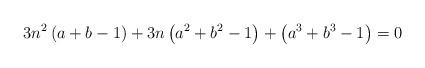
LaTeX: \begin{align*}3n^{2}\left(a+b-1\right)+3n\left(a^{2}+b^{2}-1\right)+\left(a^{3}+b^{3}-1\right)=0\end{align*}